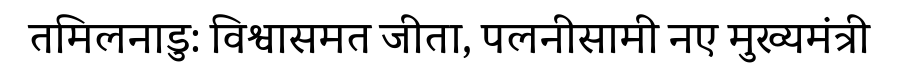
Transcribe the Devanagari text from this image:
तमिलनाडु: विश्वासमत जीता, पलनीसामी नए मुख्यमंत्री